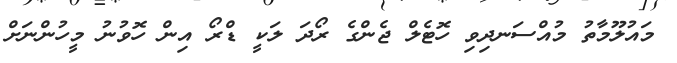
މައުލޫމާތު މުއްސަނދިވި ހޮޓެލް ޖެންގެ ރޯދަ ލަކީ ޑްރޯ އިން ހޮވުނު މީހުންނަށް